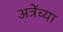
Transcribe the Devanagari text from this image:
अत्रेंच्या